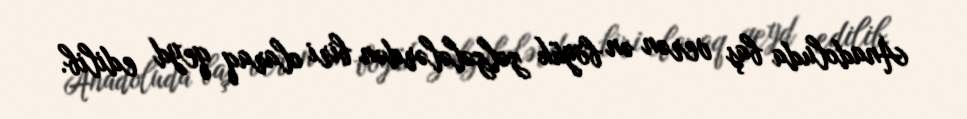
Anadoluda baş verən ən böyük zəlzələlərdən biri olaraq qeyd edilib.